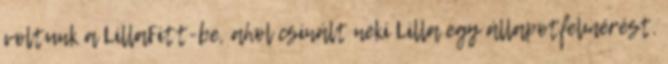
voltunk a LillaFitt-be, ahol csinált neki Lilla egy állapotfelmérést.